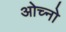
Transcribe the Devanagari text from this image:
ओच्नो